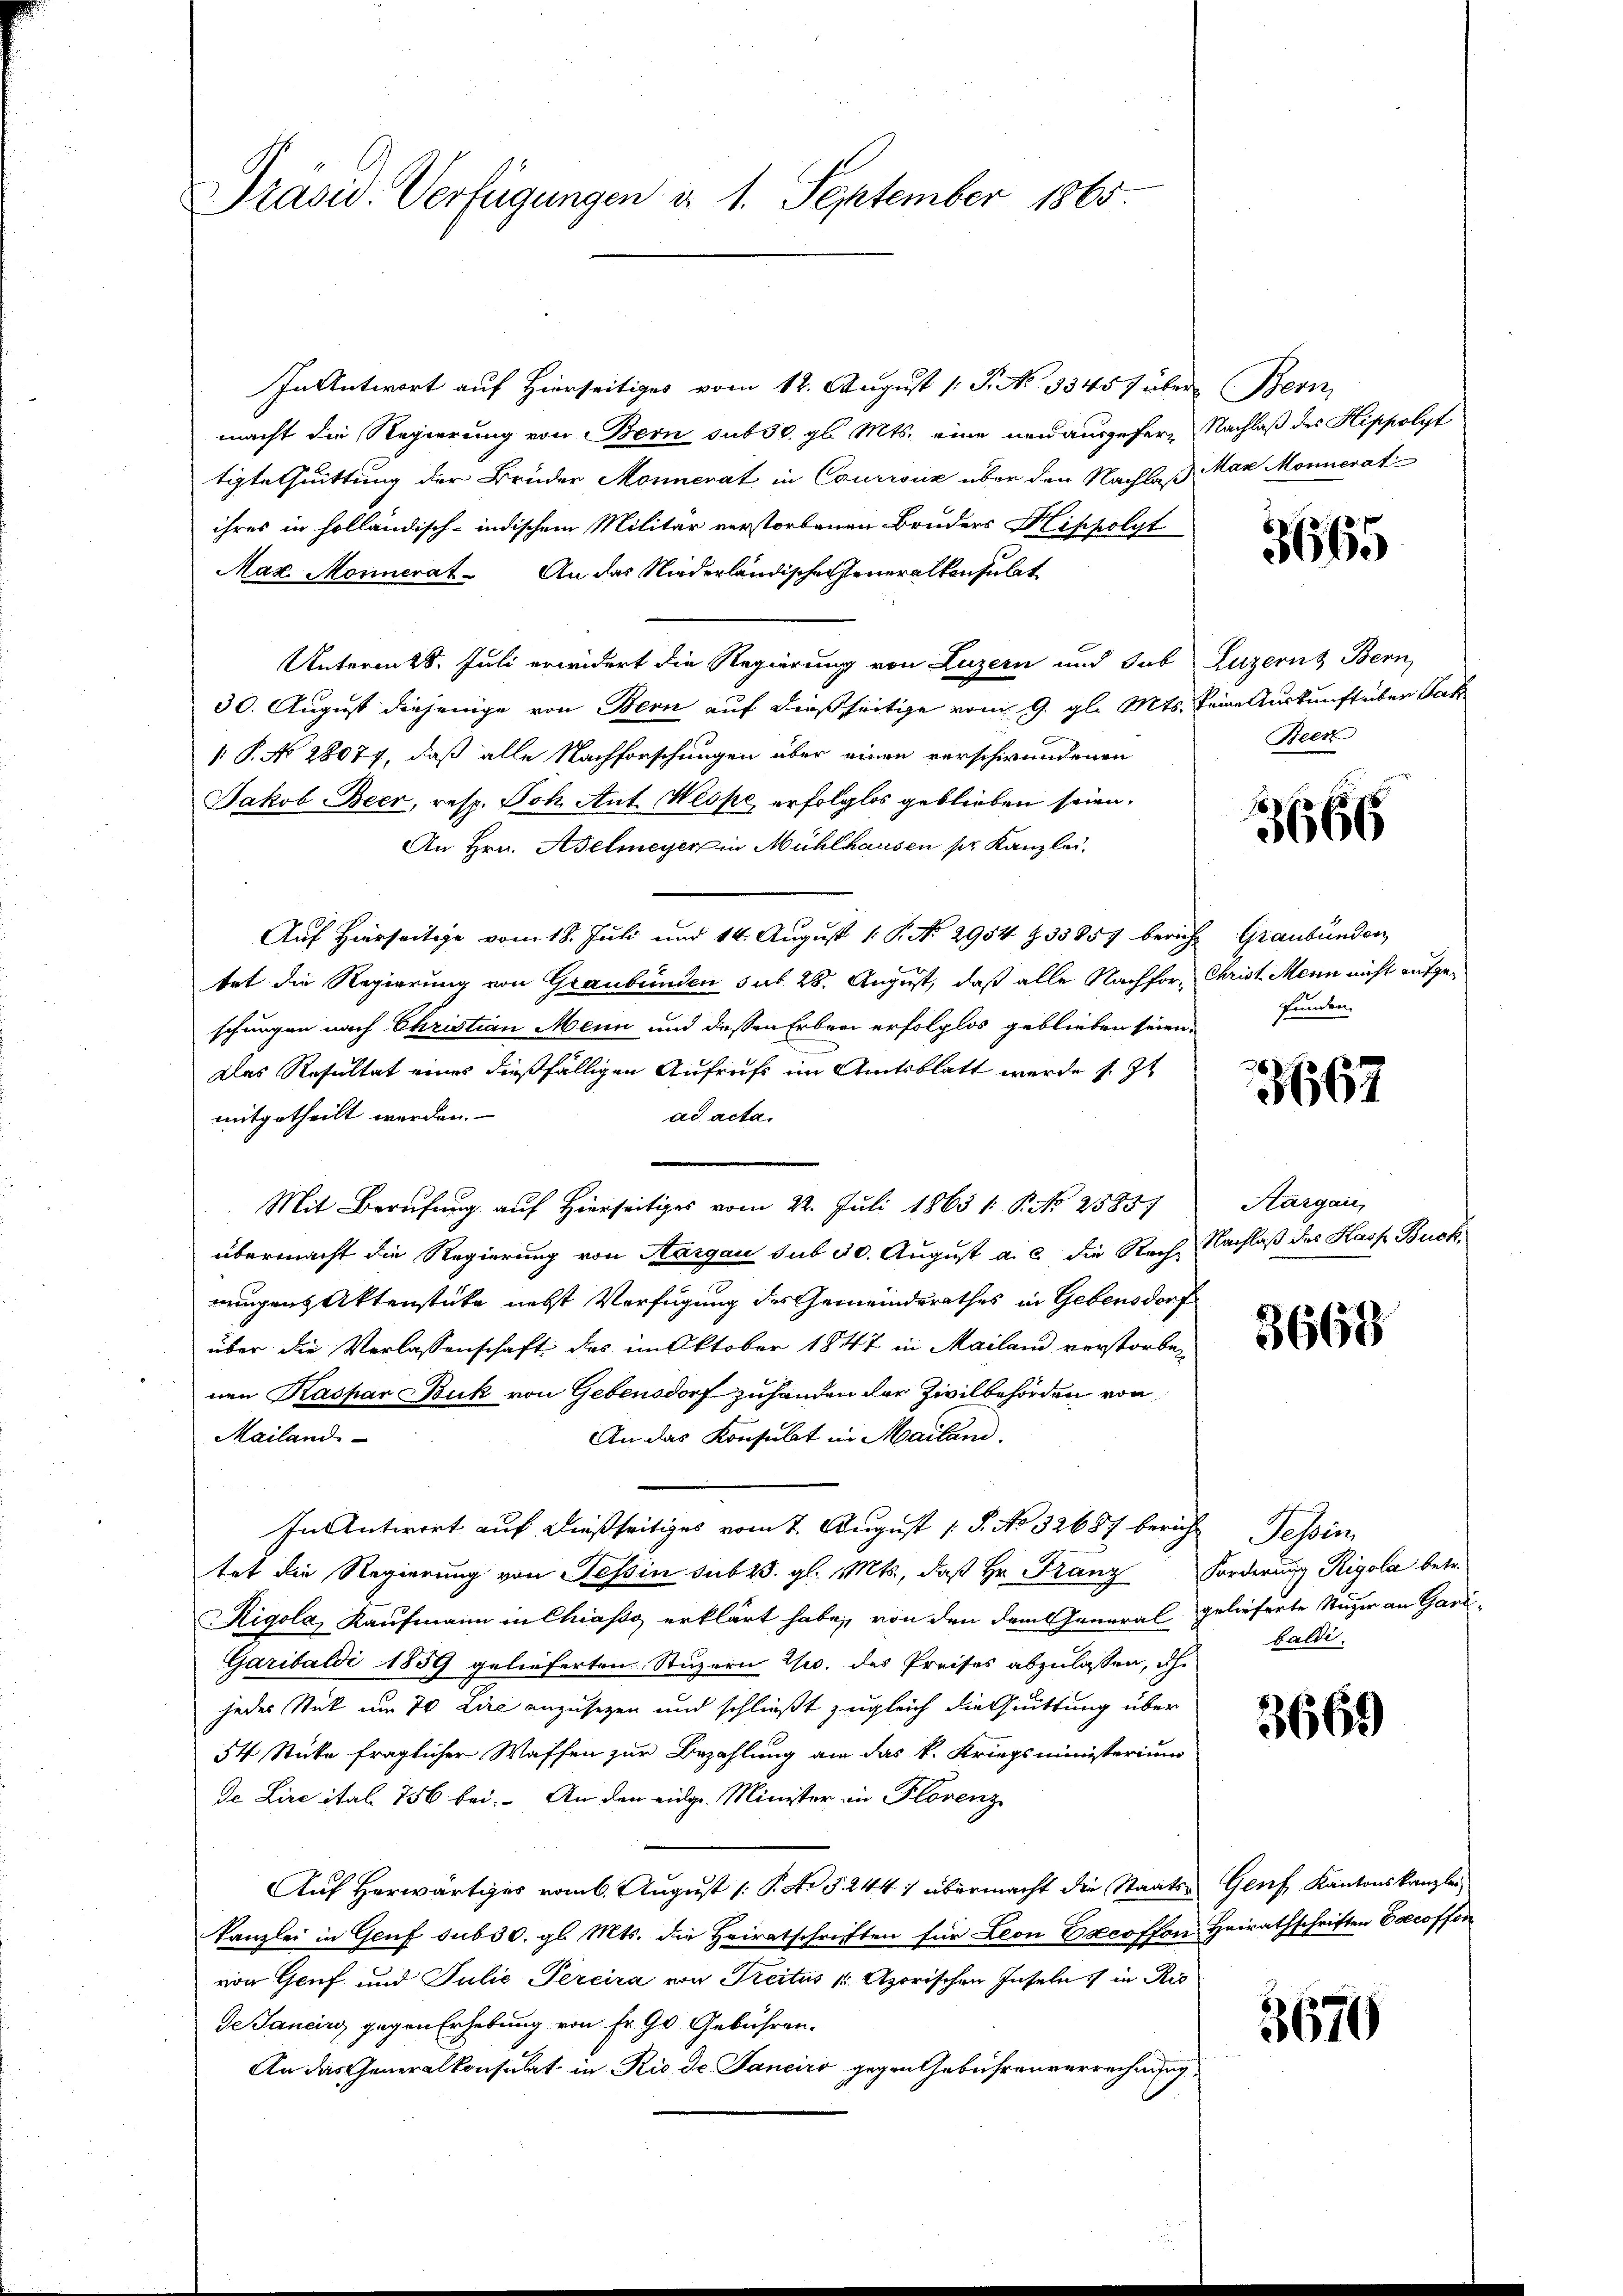
Präsid. Verfügungen d. 1. September 1865

In Antwort auf Hierseitiges vom 12. August 1. P. NNo. 33457 über Bern,
macht die Regierung von Bern sub 50. gl. Mts. eine neuausgefern Nachlaß des Hippolyt
tigtethuittung der Brüder Monnerat in Courronz über den Nachlaß Mar Monnerat
ihres in holländisch-indischem Militär verstorbenen Bruders Hippolyt
Maz. Monnerat. An das Niederländische Generalkonsulat
Unterm 28. Juli erwidert die Regierung von Luzern und sub Luzerns Bern
30. August diejenige von Bern auf dießseitige vom 9. gl. Mts. Pein urkunftreiben Jak
1: P. No 28077, daß alle Nachforschungen über einen verschwundenen
Jakob Beer, resp. Joh. Ant. Weise erfolglos geblieben seien.
An Hrn. Adelmeyer in Mühlhausen pr. Kanzlei.
Auf Hirseitige vom 18. Juli und 14. August 1 P. No. 2954 § 33857 bericht Graubünden
tet die Regierung von Graubünden sub 28. August, daß alle Nachfor- Christ Mein nicht aufgeschungen nach Christian Mein und dessen Erben erfolglos geblieben seien,
Das Resultat eines dießfälligen Aufruft im Amtsblatt werde s. Zt
mitgetheilt werden.
ad acta.
Mit Berufung auf Hierseitiges vom 22. Juli 1865 / P. Nr. 2585.
übermacht die Regierung von Aargau sub 30. August a. c. die Reche Nachlaß des Kasp. Buckmungen Aktenstücke nebst Verfügung des Gemeindsrathes in Gebensdorf
über die Verlassenschaft des im Oktober 1847 in Mailand verstorbenen Kaspar Buk von Gebensdorf zuhanden der Zivilbehörden von
Mailand
An das Konsulat in Mailand.
In Antwort auf dießseitiges vom 2. August [ P. No 32687 bericht Tessin
tet die Regierung von Tessin sub 15. gl. Mts., daß Hr. Franz Forderung Rigola betr.
Rigola, Kaufmann in Chiasso erklärt habe, von den dem General gelieferte Stutzer an Gard¬
Garibaldi 1859 gelieferten Stuzern u. des Preises abzulassen, dh.
jedes Stück um 70 Lire anzusetzen und schließt zugleich die Quittung über
54 Sticke fraglicher Waffen zur Bezahlung an das k. Kriegsministerium
de Lire ital 756 bei. An den eidg. Minister in Florenz
Auf Herwärtiges vom 6. August 1 P. Nr. 3. 244) übermacht die Staatskanzlei in Genf sub 30. gl. Mts. die Heiratschriften für Leon Escoffon Heirathschriften Esecoffen
von Gruf und Julie Percira von Freitus 4 Azorischen Inseln in Ris
de Sancirt gegen Erhebung von Fr. 90 Gebühren.
An das Generalkonsulat in Rio de Janeiro gegen Gebührenverrechnung

3665

Been

3666

funden.

3667

Aargau,

3668

baldi

3669)

Genf Kantonskanzlei

3676